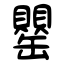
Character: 罌